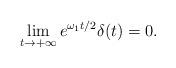
LaTeX: \begin{align*} \lim_{t\to +\infty} e^{\omega_1 t/2}\delta(t)=0. \end{align*}